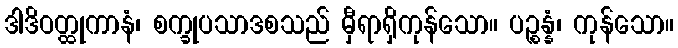
ဒါဒိဝတ္ထုကာနံ၊ စက္ခုပသာဒစသည် မှီရာရှိကုန်သော။ ပဉ္စန္နံ၊ ကုန်သော။